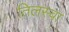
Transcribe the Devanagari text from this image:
तिलस्वा